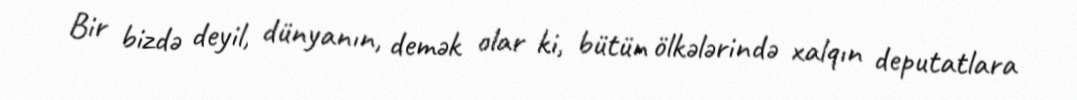
Bir bizdə deyil, dünyanın, demək olar ki, bütün ölkələrində xalqın deputatlara